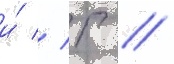
и́ // Г //